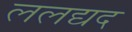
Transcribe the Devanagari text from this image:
ललद्यद